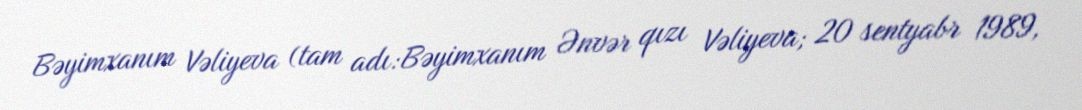
Bəyimxanım Vəliyeva (tam adı:Bəyimxanım Ənvər qızı Vəliyeva; 20 sentyabr 1989,